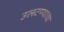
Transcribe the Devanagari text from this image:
उलटण्याचा